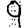
Digit: 9